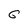
Character: 6